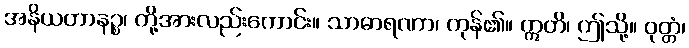
အနိယတာနဉ္စ၊ တို့အားလည်းကောင်း။ သာဓာရဏာ၊ ကုန်၏။ ဣတိ၊ ဤသို့။ ဝုတ္တံ၊